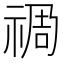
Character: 𮂁